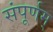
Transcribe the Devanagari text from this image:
संपूर्णम्‌